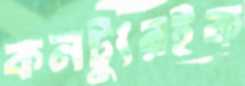
কনট্যুরইক